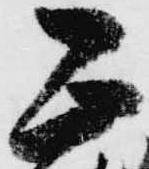
正